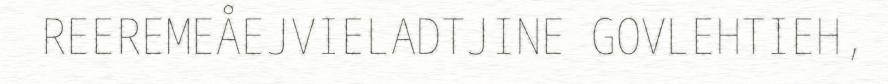
REEREMEÅEJVIELADTJINE GOVLEHTIEH,